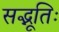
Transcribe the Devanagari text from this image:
सद्भूतिः